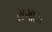
રાગાઝ